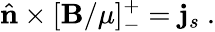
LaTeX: \hat{\mathbf{n}}\times[\mathbf{B}/\mu]_{-}^{+}=\mathbf{j}_{s}~.